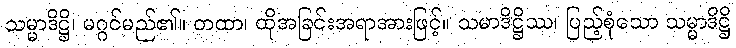
သမ္မာဒိဋ္ဌိ၊ မဂ္ဂင်မည်၏။ တထာ၊ ထိုအခြင်းအရာအားဖြင့်။ သမာဒိဋ္ဌိဿ၊ ပြည့်စုံသော သမ္မာဒိဋ္ဌိ